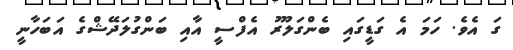
ގަ އެވެ. ހަމަ އެ ގަޑީގައި ބެންގަލޫރު އެފްސީ އާއި ބަންގުލަދޭޝްގެ އަބަހާނީ